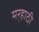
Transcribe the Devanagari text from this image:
मर्‍हाठी